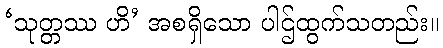
‘သုတ္တဿ ဟိ’ အစရှိသော ပါဌ်ထွက်သတည်း။